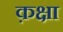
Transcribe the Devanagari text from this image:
क़क्षा